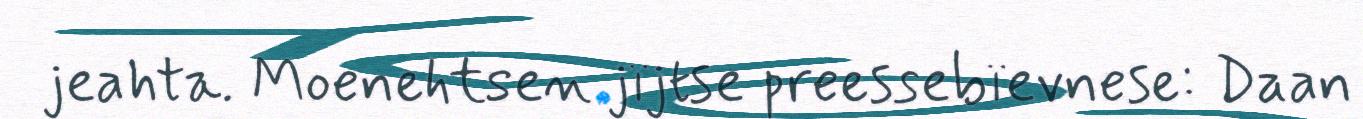
jeahta. Moenehtsen jïjtse preessebïevnese: Daan